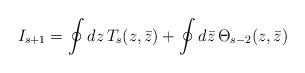
LaTeX: \begin{align*}I_{s+1}=\oint dz\, T_{s}(z,\bar{z})+\oint d\bar{z}\, \Theta _{s-2}(z,\bar{z})\end{align*}